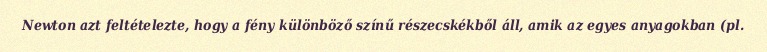
Newton azt feltételezte, hogy a fény különböző színű részecskékből áll, amik az egyes anyagokban (pl.